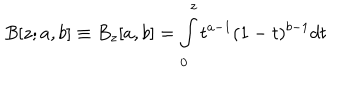
LaTeX: B [ z ; a , b ] \equiv B _ { z } [ a , b ] = \int _ { 0 } ^ { z } t ^ { a - 1 } ( 1 - t ) ^ { b - 1 } d t